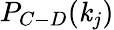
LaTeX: P_{C-D}(\mathit{k}_{j})